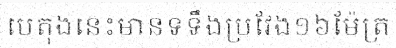
បេតុងនេះមានទទឹងប្រវែង១៦ម៉ែត្រ